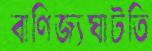
বাণিজ্যঘাটতি